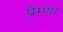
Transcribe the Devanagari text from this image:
प्रेम्णा